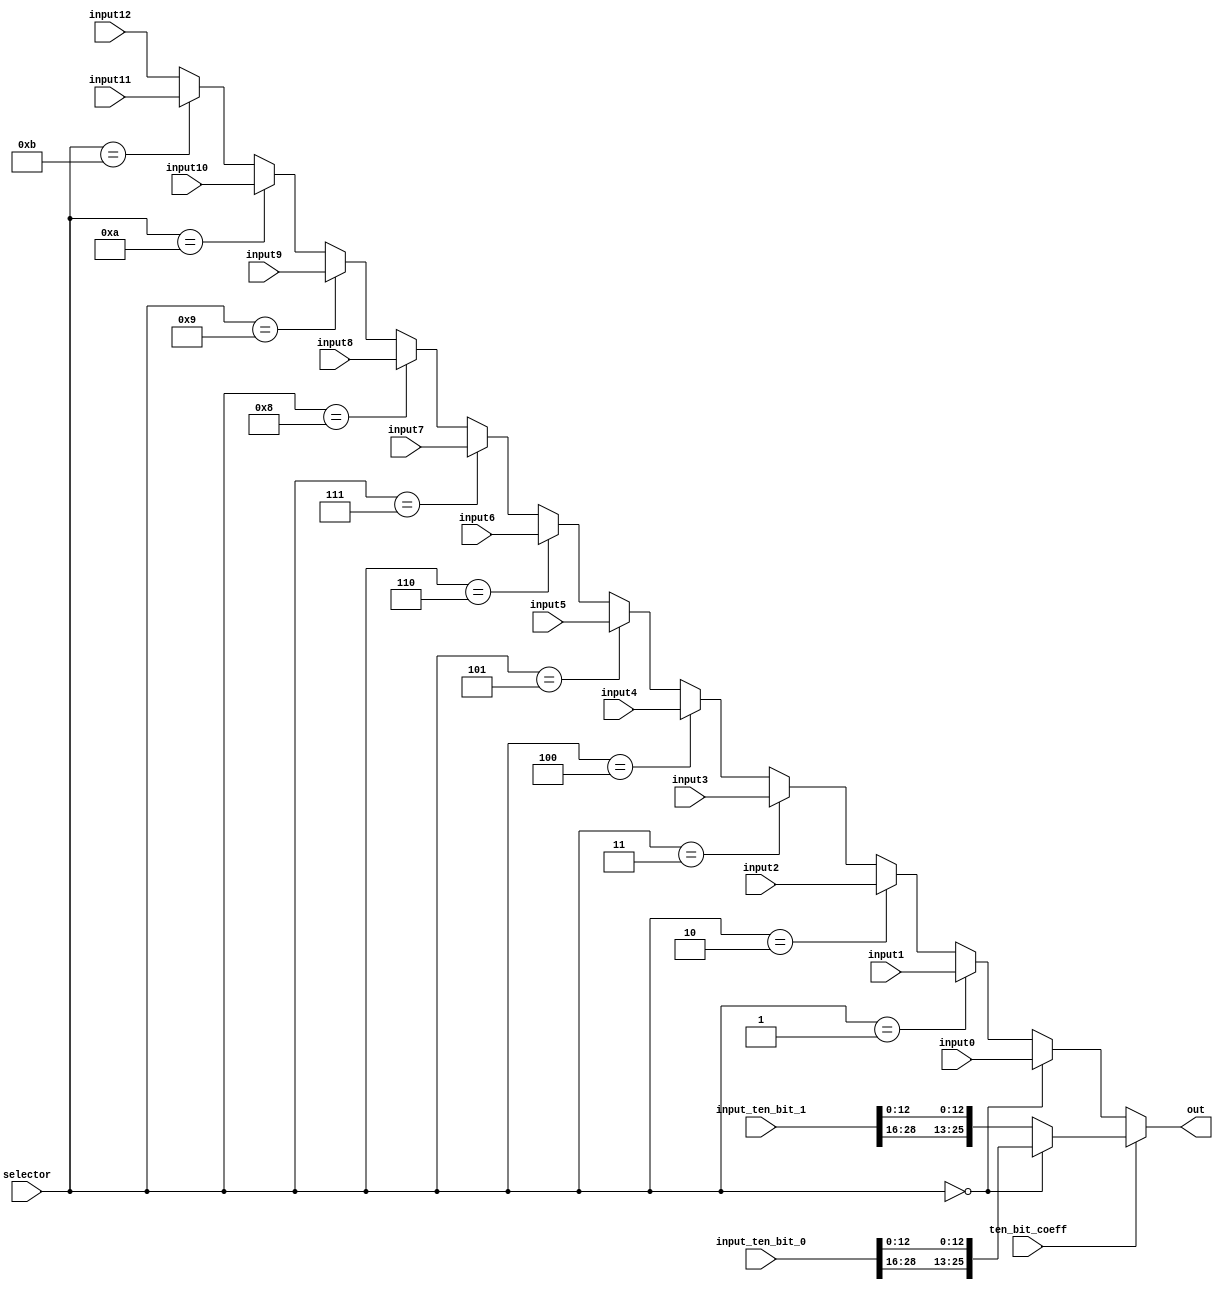
`timescale 1ns / 1ps

module buffer_muxer1
                    #(parameter MULTIPLIERS = 1)
                    (input0, input1, input2, input3,
					input4, input5, input6, input7,
					input8, input9, input10, input11,
					input12, input_ten_bit_0, input_ten_bit_1,
					selector, ten_bit_coeff, out);

input [12 + 13 * MULTIPLIERS : 0] input0, input1, input2, input3, input4, input5, input6, input7, 
			 input8, input9, input10, input11, input12;
input [15 + 16 * MULTIPLIERS : 0] input_ten_bit_0, input_ten_bit_1;
input ten_bit_coeff;
input [3:0] selector;

output wire [12 + 13*MULTIPLIERS : 0] out;


wire [12 + 13 * MULTIPLIERS : 0] input_filtered_0 = MULTIPLIERS == 1 ? {input_ten_bit_0[28 : 16], input_ten_bit_0[12 : 0]} : input_ten_bit_0[12:0];
wire [12 + 13 * MULTIPLIERS : 0] input_filtered_1 = MULTIPLIERS == 1 ? {input_ten_bit_1[28 : 16], input_ten_bit_1[12 : 0]} : input_ten_bit_1[12:0];
    
assign out = ten_bit_coeff ? selector == 0 ? input_filtered_0 : input_filtered_1 :
				selector == 0 ? input0 :
				selector == 1 ? input1 :
				selector == 2 ? input2 :
				selector == 3 ? input3 :
				selector == 4 ? input4 :
				selector == 5 ? input5 :
				selector == 6 ? input6 :
				selector == 7 ? input7 :
				selector == 8 ? input8 :
				selector == 9 ? input9 :
				selector == 10 ? input10 :
				selector == 11 ? input11 :
				input12;
			
endmodule